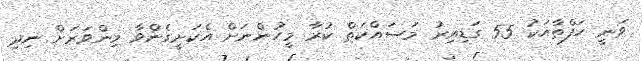
ވަނީ ހަފްތާއަކު 55 ގަޑިއިރު މަސައްކަތް ކުރާ މީހުންނަށް އެކަށީގެންވާ މިންވަރަށް ނިދި